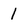
Character: l